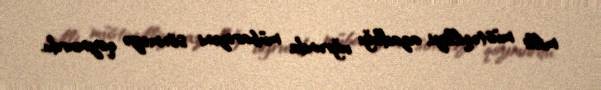
milli müstəqilliyi, azadlığı uğrunda mübarizəni sönməyə qoymurdu.